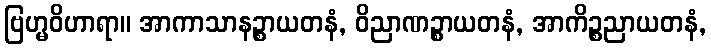
ဗြဟ္မဝိဟာရာ။ အာကာသာနဉ္စာယတနံ, ဝိညာဏဉ္စာယတနံ, အာကိဉ္စညာယတနံ,